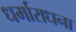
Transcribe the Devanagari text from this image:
धर्माराधना